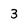
Character: 3